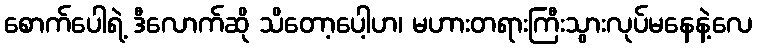
စောက်ပေါရဲ့ ဒီလောက်ဆို သိတော့ပေါ့ဟ၊ မဟားတရားကြီးသွားလုပ်မနေနဲ့လေ